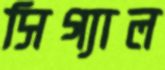
সিগ্যাল